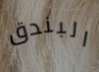
البندق